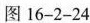
图16-2-24